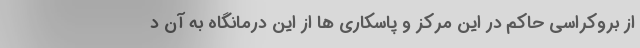
از بروکراسی حاکم در این مرکز و پاسکاری ها از این درمانگاه به آن د